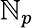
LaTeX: \mathbb{N}_{p}